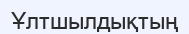
Ұлтшылдықтың